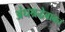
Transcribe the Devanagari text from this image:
अंधश्रद्धेबाबत